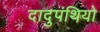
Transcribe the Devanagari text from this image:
दादुपंथियो